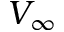
V _ { \infty }